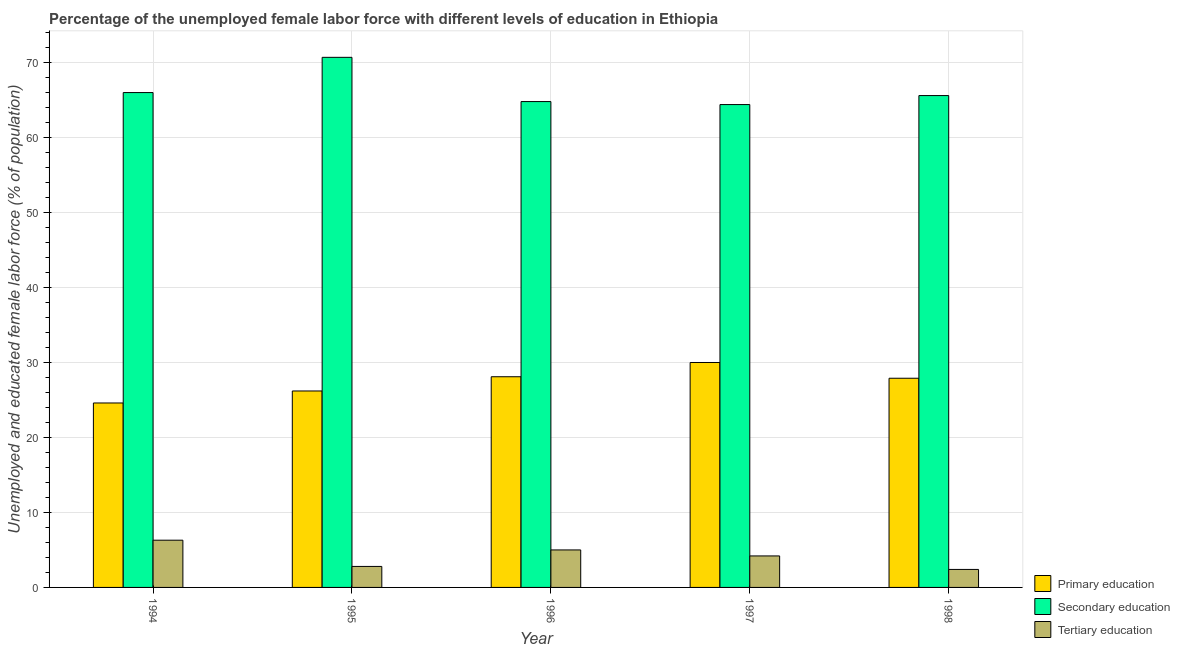
| Year | Primary education | Secondary education | Tertiary education |
 | --- | --- | --- | --- |
 | 1994 | 24.6 | 66 | 6.3 |
 | 1995 | 26.2 | 70.7 | 2.8 |
 | 1996 | 28.1 | 64.8 | 5 |
 | 1997 | 30 | 64.4 | 4.2 |
 | 1998 | 27.9 | 65.6 | 2.4 |